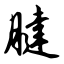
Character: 腱